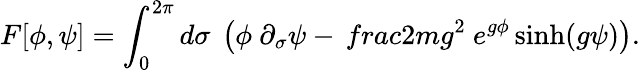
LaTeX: F[\phi,\psi]=\int_{0}^{2\pi}d\sigma~\left(\phi~\partial_{\sigma}\psi-{\, frac{2m}{g^{2}}}~e^{g\phi}\sinh(g\psi)\right).